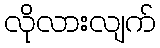
လိုလားလျက်